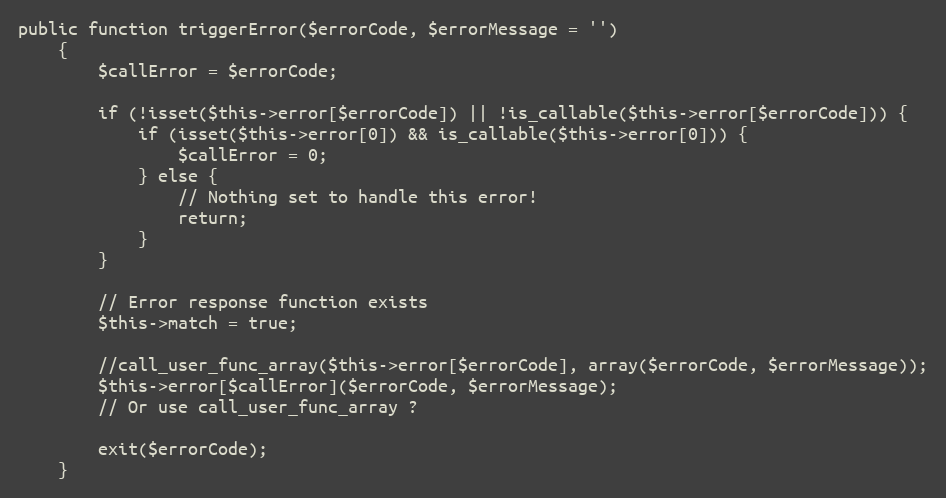
Language: PHP
public function triggerError($errorCode, $errorMessage = '')
    {
        $callError = $errorCode;

        if (!isset($this->error[$errorCode]) || !is_callable($this->error[$errorCode])) {
            if (isset($this->error[0]) && is_callable($this->error[0])) {
                $callError = 0;
            } else {
                // Nothing set to handle this error!
                return;
            }
        }

        // Error response function exists
        $this->match = true;

        //call_user_func_array($this->error[$errorCode], array($errorCode, $errorMessage));
        $this->error[$callError]($errorCode, $errorMessage);
        // Or use call_user_func_array ?

        exit($errorCode);
    }